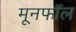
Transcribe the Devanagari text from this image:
मूनफॉल